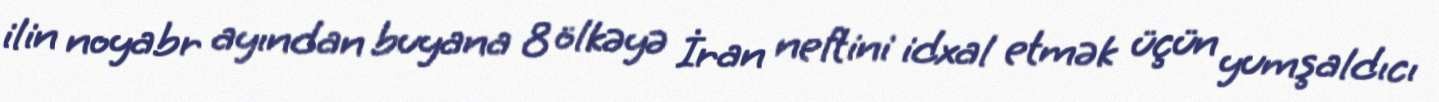
ilin noyabr ayından buyana 8 ölkəyə İran neftini idxal etmək üçün yumşaldıcı